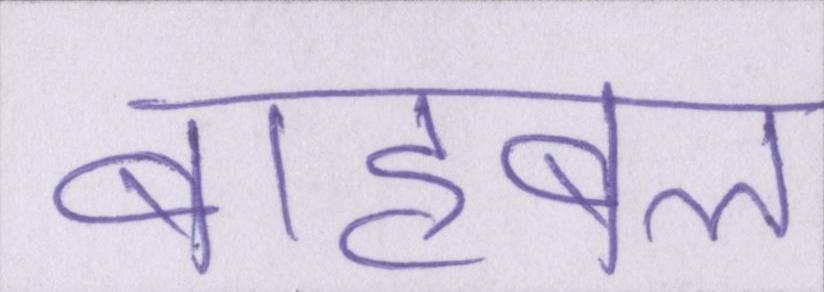
बाहुबल